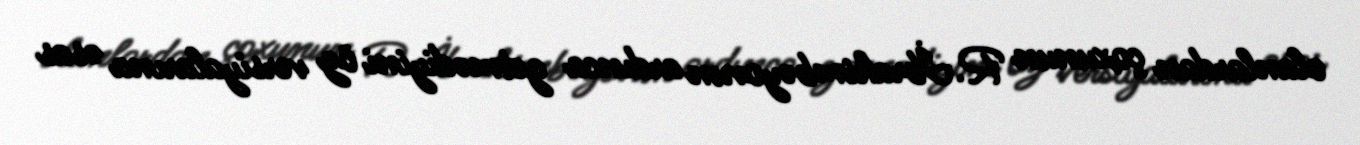
olanlardan çoxunun R.İbrahimbəyovun ardınca getmədiyini öz versiyalarına əsas